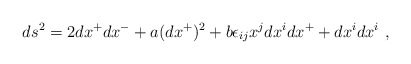
\begin{align*} ds^2 = 2 dx^+ dx^- + a (dx^+)^2 + b \epsilon_{ij} x^j dx^i dx^+ + dx^i dx^i~,\end{align*}